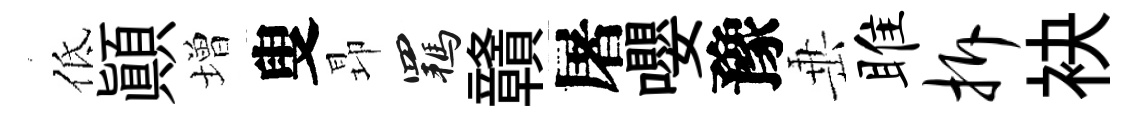
低顚増叟昻羈贛屠嚶豫𡸁雎拆袂